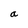
Character: n